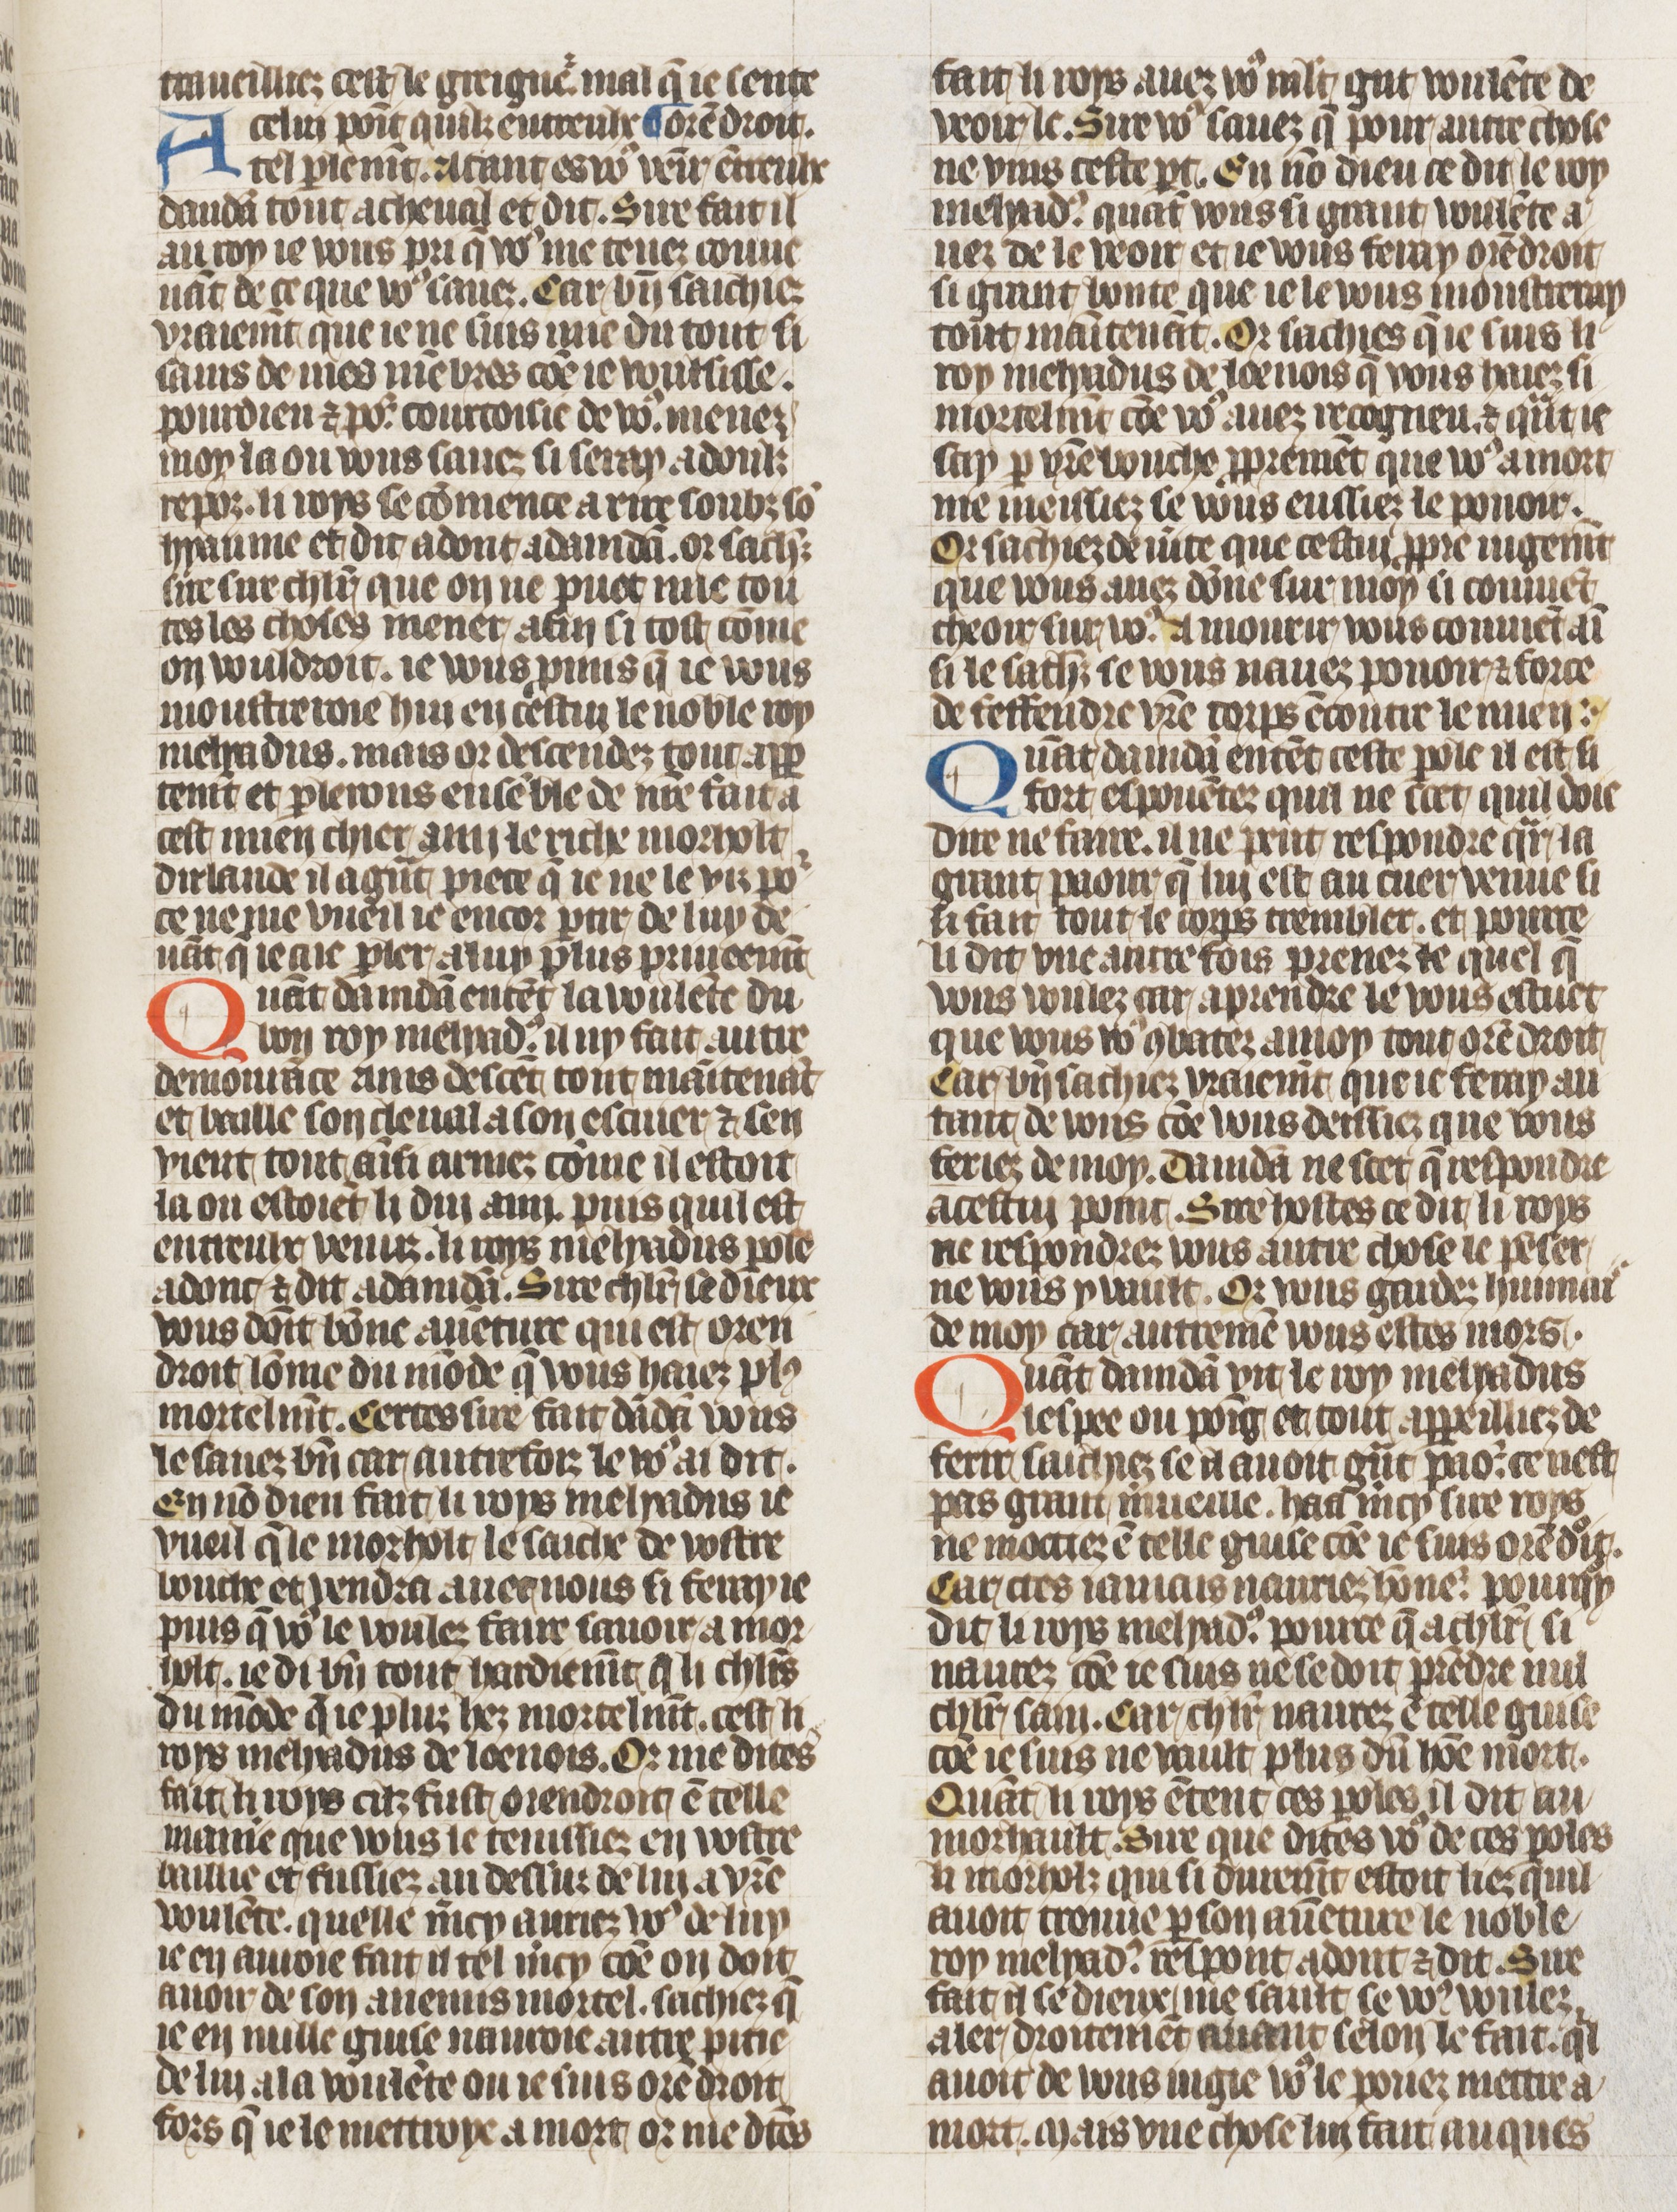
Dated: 1410–1430